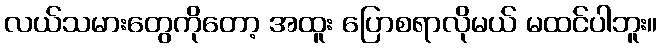
လယ်သမားတွေကိုတော့ အထူး ပြောစရာလိုမယ် မထင်ပါဘူး။